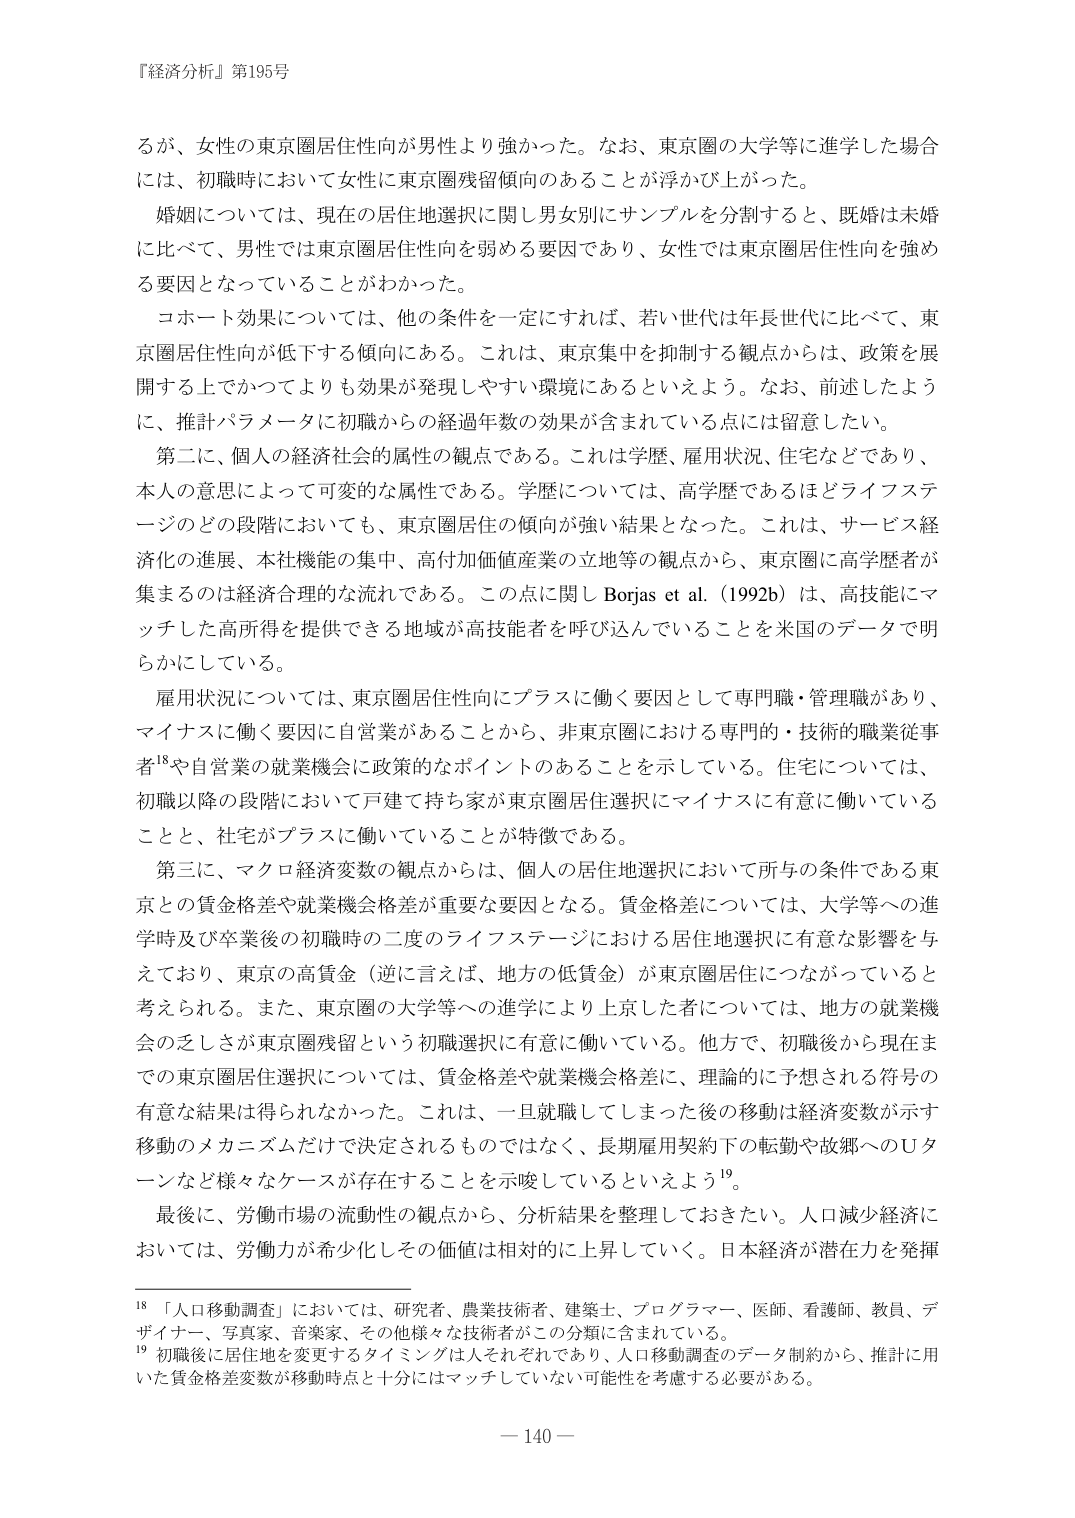
『経済分析』第195号

るが、女性の東京圏居住性向が男性より強かった。なお、東京圏の大学等に進学した場合には、初職時において女性に東京圏残留傾向のあることが浮かび上がった。

婚姻については、現在の居住地選択に関し男女別にサンプルを分割すると、既婚は未婚に比べて、男性では東京圏居住性向を弱める要因であり、女性では東京圏居住性向を強める要因となっていることがわかった。

コホート効果については、他の条件を一定にすれば、若い世代は年長世代に比べて、東京圏居住性向が低下する傾向にある。これは、東京集中を抑制する観点からは、政策を展開する上でかつてよりも効果が発現しやすい環境にあるといえよう。なお、前述したように、推計パラメータに初職からの経過年数の効果が含まれている点には留意したい。

第二に、個人の経済社会的属性の観点である。これは学歴、雇用状況、住宅などであり、本人の意思によって可変的な属性である。学歴については、高学歴であるほどライフステージのどの段階においても、東京圏居住の傾向が強い結果となった。これは、サービス経済化の進展、本社機能の集中、高付加価値産業の立地等の観点から、東京圏に高学歴者が集まるのは経済合理的な流れである。この点に関し Borjas et al. (1992b) は、高技能にマッチした高所得を提供できる地域が高技能者を呼び込んでいることを米国のデータで明らかにしている。

雇用状況については、東京圏居住性向にプラスに働く要因として専門職・管理職があり、マイナスに働く要因に自営業があることから、非東京圏における専門的・技術的職業従事者¹⁸や自営業の就業機会に政策的なポイントのあることを示している。住宅については、初職以降の段階において戸建て持ち家が東京圏居住選択にマイナスに有意に働いていることと、社宅がプラスに働いていることが特徴である。

第三に、マクロ経済変数の観点からは、個人の居住地選択において所与の条件である東京との賃金格差や就業機会格差が重要な要因となる。賃金格差については、大学等への進学時及び卒業後の初職時の二度のライフステージにおける居住地選択に有意な影響を与えており、東京の高賃金（逆に言えば、地方の低賃金）が東京圏居住につながっていると考えられる。また、東京圏の大学等への進学により上京した者については、地方の就業機会の乏しさが東京圏残留という初職選択に有意に働いている。他方で、初職後から現在までの東京圏居住選択については、賃金格差や就業機会格差に、理論的に予想される符号の有意な結果は得られなかった。これは、一旦就職してしまった後の移動は経済変数が示す移動のメカニズムだけで決定されるものではなく、長期雇用契約下の転勤や故郷へのＵターンなど様々なケースが存在することを示唆しているといえよう¹⁹。

最後に、労働市場の流動性の観点から、分析結果を整理しておきたい。人口減少経済においては、労働力が希少化しその価値は相対的に上昇していく。日本経済が潜在力を発揮

¹⁸ 「人口移動調査」においては、研究者、農業技術者、建築士、プログラマー、医師、看護師、教員、デザイナー、写真家、音楽家、その他様々な技術者がこの分類に含まれている。

¹⁹ 初職後に居住地を変更するタイミングは人それぞれであり、人口移動調査のデータ制約から、推計に用いた賃金格差変数が移動時点と十分にはマッチしていない可能性を考慮する必要がある。

— 140 —